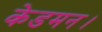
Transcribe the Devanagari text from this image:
केडमन।